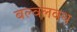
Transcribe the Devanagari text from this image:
बल्वलवध